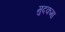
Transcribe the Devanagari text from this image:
मुदकमा